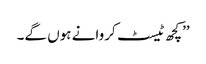
’’کچھ ٹیسٹ کروانے ہوں گے۔